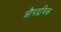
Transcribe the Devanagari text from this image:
औपद्रविक